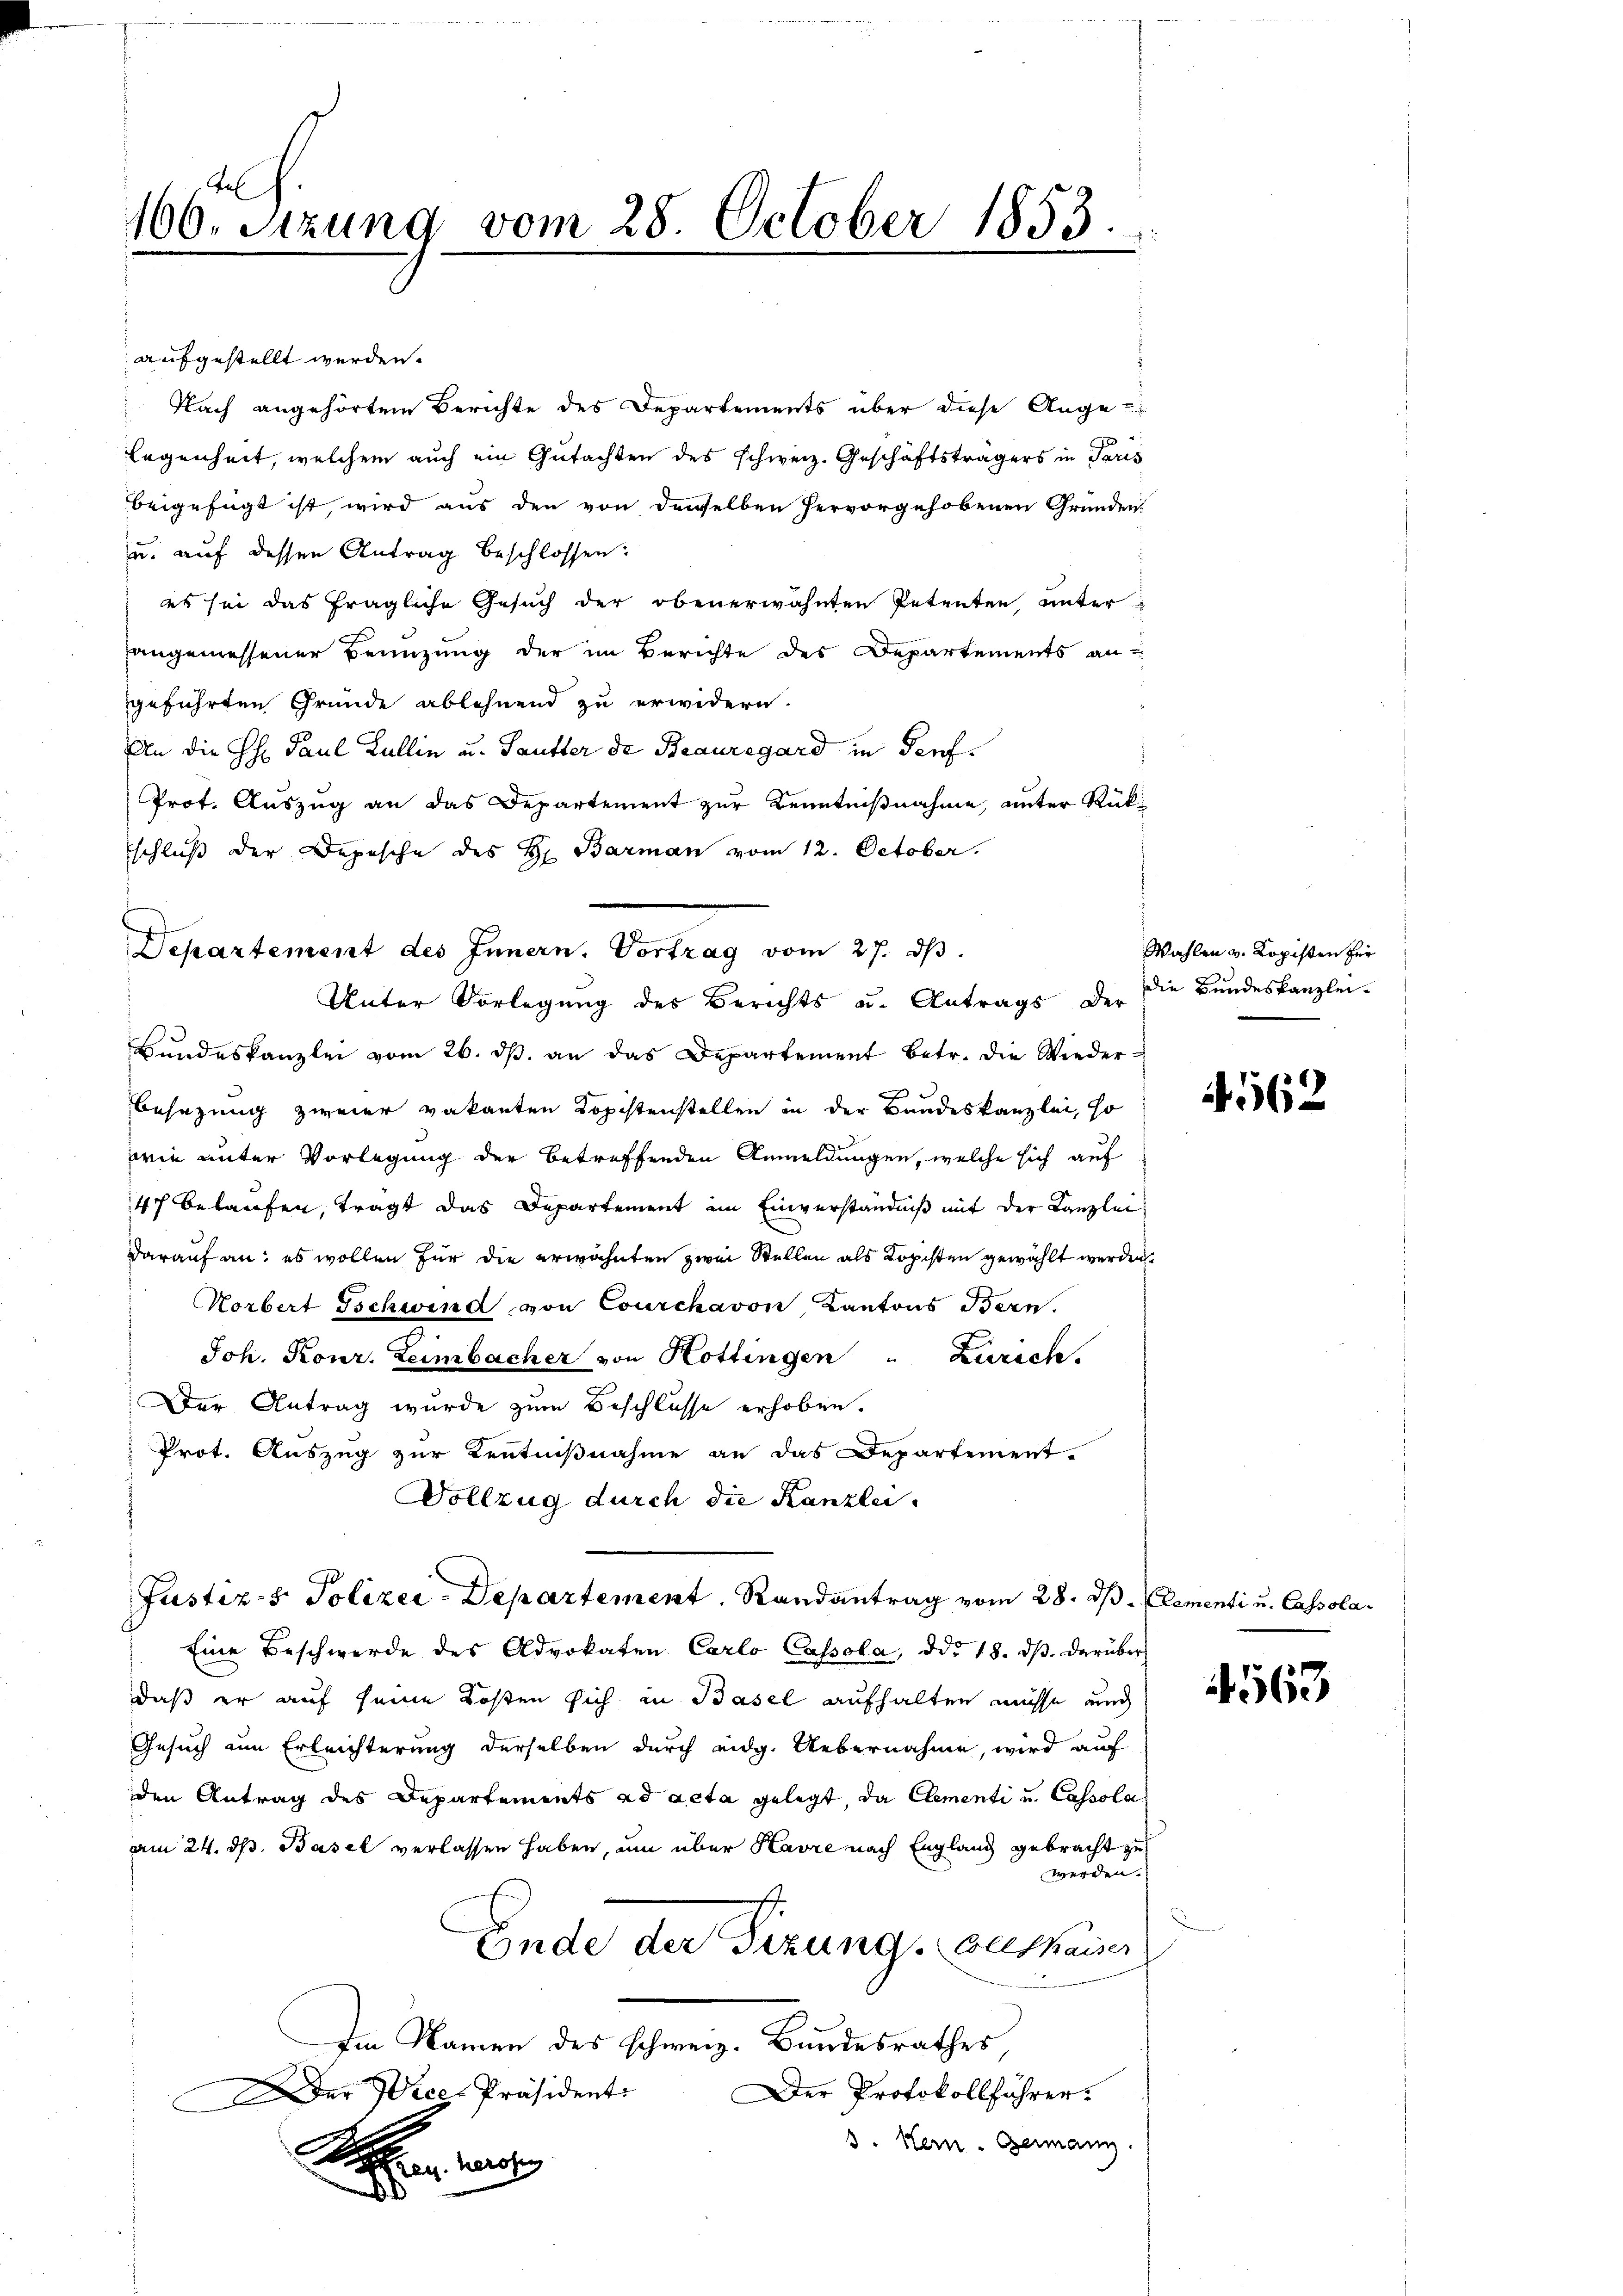
166. Sitzung vom 28. October 1853.

aufgestellt werden.
Nach angehörten Berichte des Departements über diese Ange-
legenheit, welchem auch ein Gutachten des schweiz. Geschäftsträgers in Paris
beigefügt ist, wird aus den von demselben hervorgehobenen Gründen-
u. auf dessen Antrag beschlossen:
es sei das fragliche Gesuch der obenerwähnten Petenten, unter
angemessener Benuzung der im Berichte des Departements an-
geführten Gründe ablehnend zu erwidern.
An die H. Paul Lullin u. Sautter de Beauregard in Teuf¬
Prot. Auszug an das Departement zur Kenntnißnahme, unter Rückschluß der Depesche des Hr. Barman vom 12. October.
Bŭndeskanzlei vom 26. dβ an das Departement betr. die Wiedere
Besezung zweier vakanten Kopistenstellen in der Bandeskanzlei, so
wie unter Vorlegung der betreffenden Anmeldungen, welche sich auf
47 belaufen, trägt das Departement im Einverständniß mit der Kanzlei
darauf an: es wollen für die erwähnten zwei Stellen als Kopisten gewählt werden,
Horbert Gschwind von Courchavon, Kantons Bern.
Joh. Konr. Leimbacher von Kottingen " Zürich.
Der Antrag wurde zum Beschlusse erhoben.
 Prot. Auszug zur Kentnißnahme an das Departement.
Vollzug durch die Kanzlei.
Justiz- & Polizei-Departement. Randantrag vom 28. dß. Elementi u. Cassola¬
Eine Beschwerde des Advokaten Carlo Cassala, ddo 18. dβ. darüber
daß er auf seine Kosten sich in Basel aufhalten müsse und
Gesuch um Erleichterung derselben durch eidg. Uebernahme, wird auf
den Antrag des Departements ad acta gelegt, da Clementi und Cassola
am 24. ds. Basel verlassen haben, um über Kavre nach England gebracht zu
werden.
Ende der Sizung. Auskauer
Im Namen des schweiz. Bundesrathes
Der Protokollführer.
Der Vice-Präsident.
3. Hern. Germann.
e

Departement des Innern. Vortrag vom 27. dβ.
Unter Vorlegung des Berichts u. Antrags der

Wahlen v. Kopisten für
die Bundeskanzlei.

4562

4563